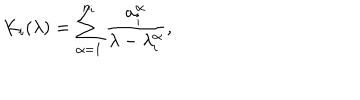
K _ { i } ( \lambda ) = \sum _ { \alpha = 1 } ^ { n _ { i } } \frac { a _ { i } ^ { \alpha } } { \lambda - \lambda _ { i } ^ { \alpha } } ,